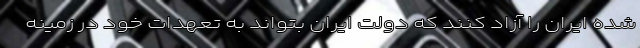
شده ایران را آزاد کنند که دولت ایران بتواند به تعهدات خود در زمینه